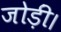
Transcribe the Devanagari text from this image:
जोड़ीं।